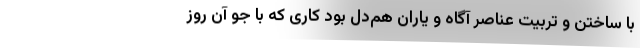
با ساختن و تربیت عناصر آگاه و یاران هم‌دل بود کاری که با جوّ آن روز